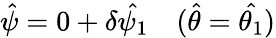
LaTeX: \hat{\psi}=0+\delta\hat{\psi_{1}}\quad(\hat{\theta}=\hat{\theta_{1}})